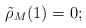
\begin{align*}\tilde\rho_M(1)=0;\end{align*}